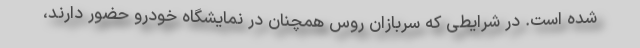
شده است. در شرایطی که سربازان روس همچنان در نمایشگاه خودرو حضور دارند،